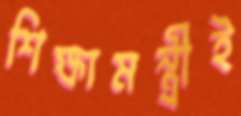
শিক্ষামন্ত্রীই